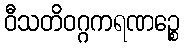
ဝီသတိဝဂ္ဂကရဏဉ္စေ